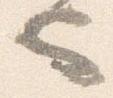
也